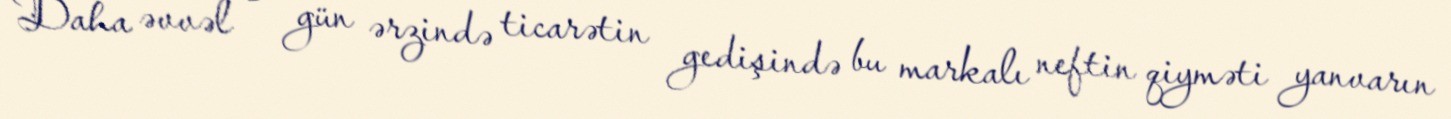
Daha əvvəl - gün ərzində ticarətin gedişində bu markalı neftin qiyməti yanvarın